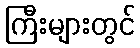
ကြီးများတွင်